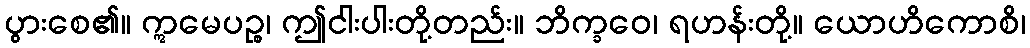
ပွားစေ၏။ ဣမေပဉ္စ၊ ဤငါးပါးတို့တည်း။ ဘိက္ခဝေ၊ ရဟန်းတို့။ ယောဟိကောစိ၊